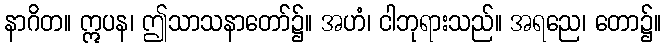
နာဂိတ။ ဣပန၊ ဤသာသနာတော်၌။ အဟံ၊ ငါဘုရားသည်။ အရညေ၊ တော၌။